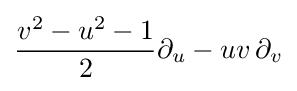
{\frac {v^{2}-u^{2}-1}{2}}\partial _{u}-uv\,\partial _{v}